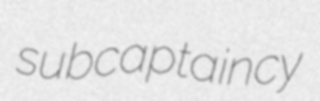
subcaptaincy